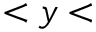
< y <